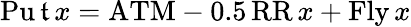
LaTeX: \operatorname{Pu\mathfrak{t}}x=\mathrm{{ATM}}-0.5\operatorname{RR}x+\operatorname{Fly}x